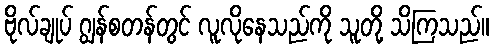
ဗိုလ်ချုပ် ဂျွန်စတန်တွင် လူလိုနေသည်ကို သူတို့ သိကြသည်။